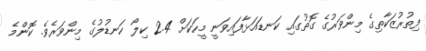
ފިތުރުޒަކާތިގެ މިންވަރުގެ ގޮތުގައި ކަނޑައަޅާފައިވަނީ މީހަކަށް 2.4 ކިލޯ ހަނޑުލުގެ މިންވަރެވެ. ކޮންމެ